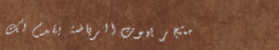
متجر بيوت الرياضة يقدم لك